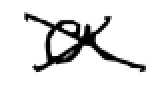
Text: a
Cross-out: cross
Writing tool: digital_black